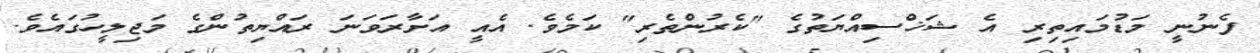
ފެނުނީ މަޑުމައިތިރި އެ ޝަޚްސިއްޔަތުގެ "ކެރުންތެރި" ކަމެވެ. އެއީ އަށާރަވަނަ ރައްޔިތުންގެ މަޖިލީހުގައެވެ.